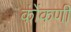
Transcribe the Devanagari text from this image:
कोंंकणी